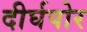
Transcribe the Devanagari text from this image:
दीर्घपोर